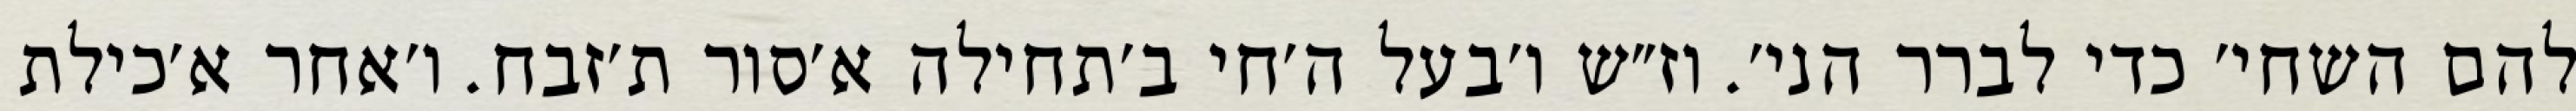
להם השחי׳ כדי לברר הני׳. וז״ש ו׳בעל ה׳חי ב׳תחילה א׳סור ת׳זבח. ו׳אחר א׳כילת